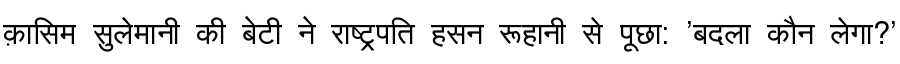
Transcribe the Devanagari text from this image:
क़ासिम सुलेमानी की बेटी ने राष्ट्रपति हसन रूहानी से पूछा: 'बदला कौन लेगा?'